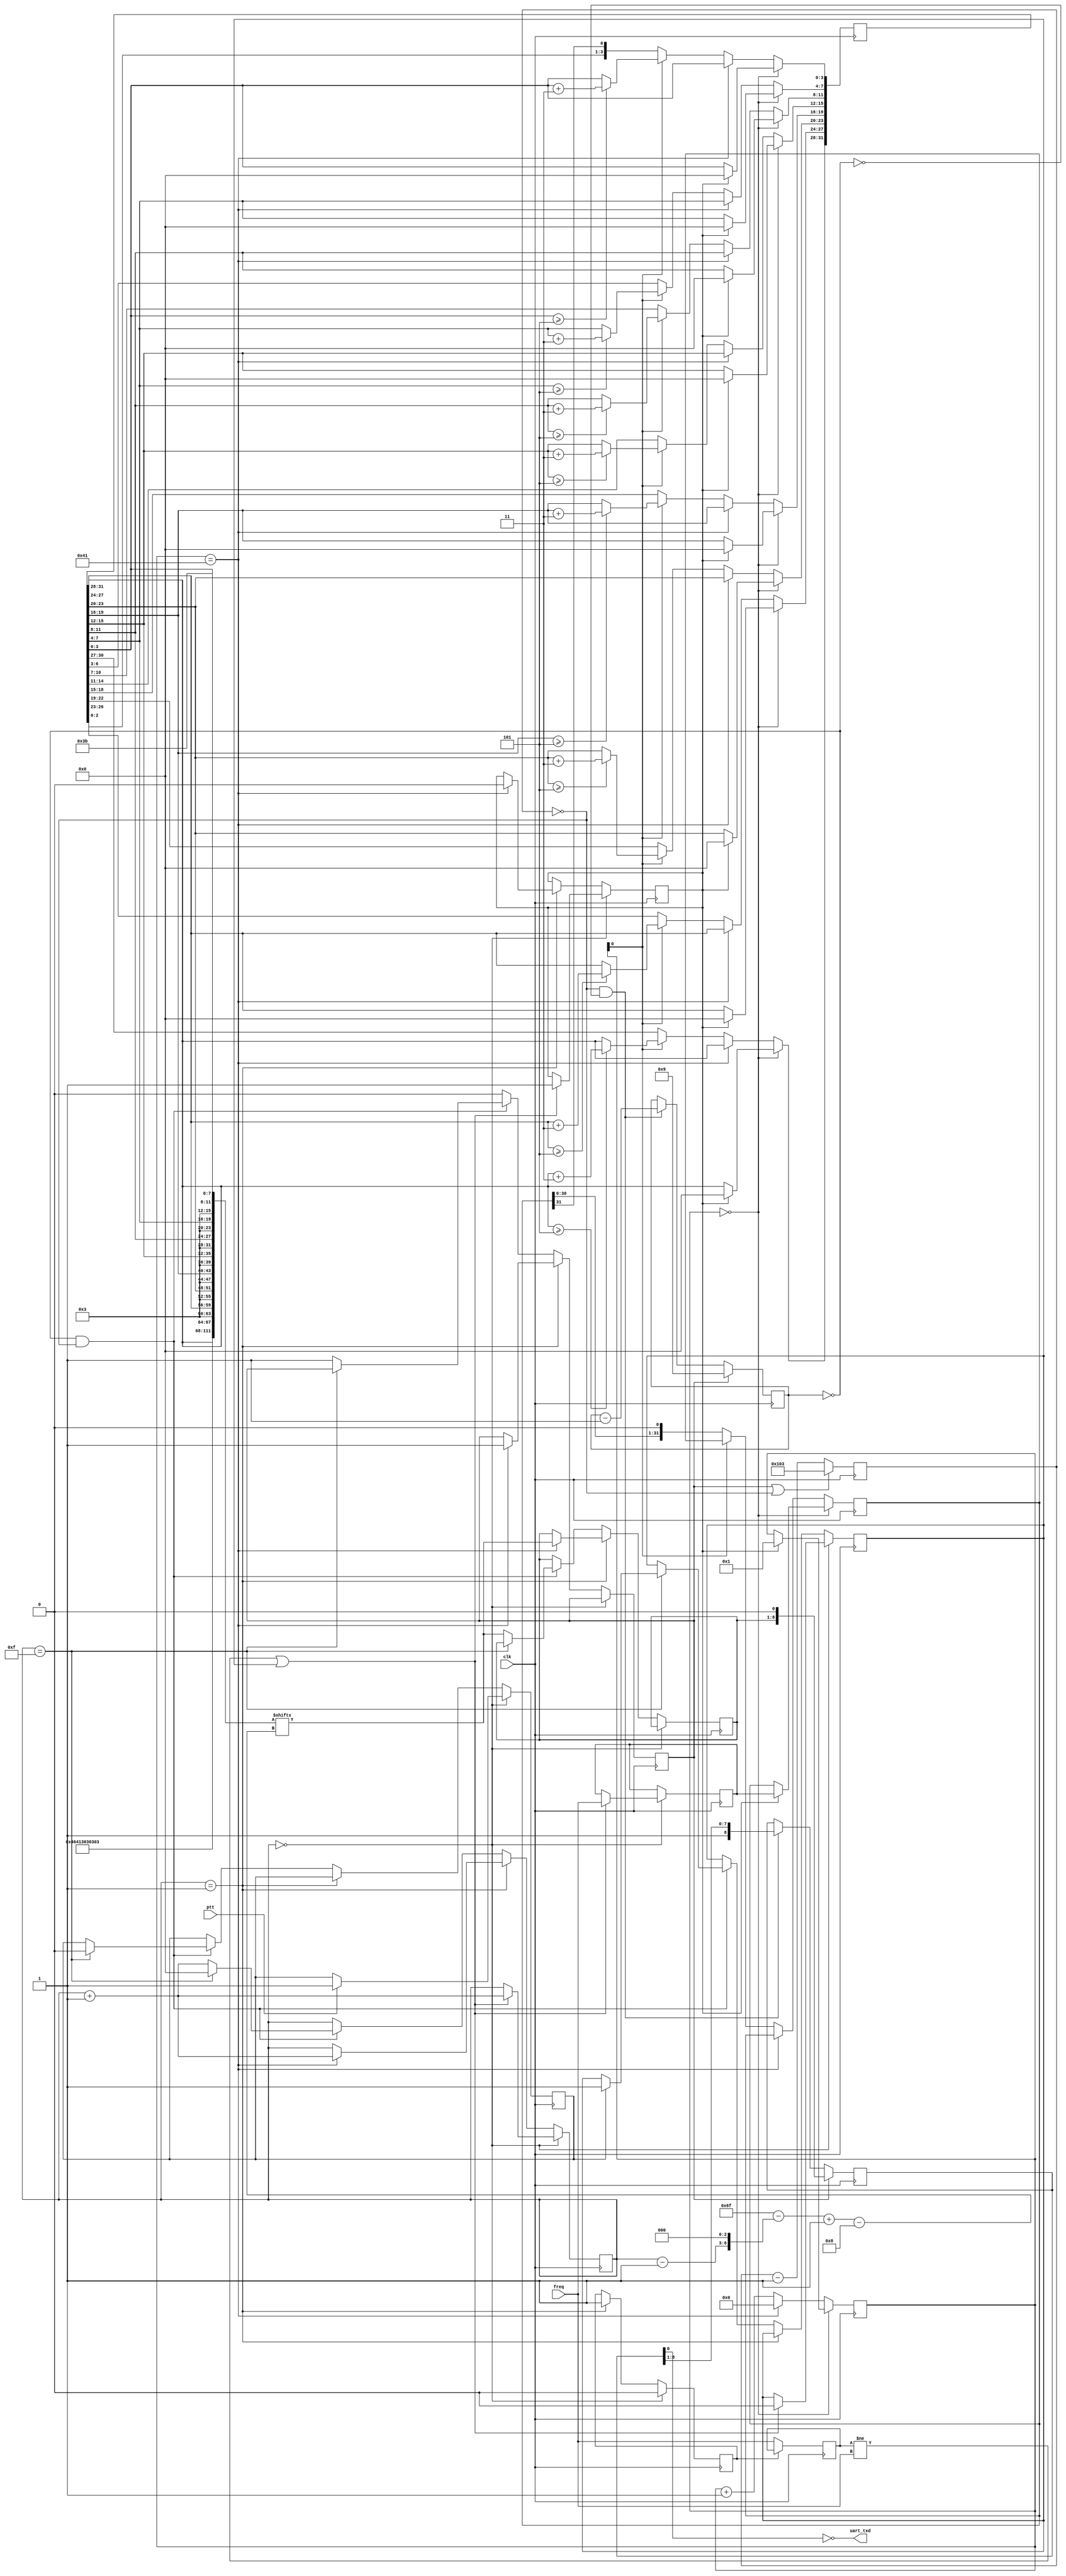
//
//  External Amplifier Band Control for Hermes-Lite v2
//    Send Elecraft FA(VFO A Frequency) command (UART)
//
//  This program is free software; you can redistribute it and/or modify
//  it under the terms of the GNU General Public License as published by
//  the Free Software Foundation; either version 2 of the License, or
//  (at your option) any later version.
//
//  This program is distributed in the hope that it will be useful,
//  but WITHOUT ANY WARRANTY; without even the implied warranty of
//  MERCHANTABILITY or FITNESS FOR A PARTICULAR PURPOSE.  See the
//  GNU General Public License for more details.
//
//  You should have received a copy of the GNU General Public License
//  along with this program; if not, write to the Free Software
//  Foundation, Inc., 59 Temple Place, Suite 330, Boston, MA  02111-1307  USA
//
// (C) Takashi Komatsumoto, JI1UDD 2018, 2019

`timescale 1 ns/100 ps

module extamp (
  input        clk,
  input [31:0] freq,       // less than 100,000,000Hz
  input        ptt,
  output       uart_txd    // data1: High, data0: Low
);

// -------------------
//  Declare parameter
// -------------------
localparam CLKFREQ  = 2500000 ; // Hz
localparam BAUDRATE = 9600 ;     // bps

// ---------------------
//  Baud Rate Generator
// ---------------------
reg        uart_tx_start = 1'b0 ;
reg [8:0] uart_br_cnt   = 9'b0;
wire       uart_shift = (uart_br_cnt==9'b0);

always @ (posedge clk) 
  if (uart_tx_start | uart_shift)
    uart_br_cnt <= (CLKFREQ / BAUDRATE) -1 ;
  else
    uart_br_cnt <= uart_br_cnt - 1'b1 ;

// -------------------------
//  UART 1 byte transmitter
// -------------------------
reg [7:0] uart_tx_data   = 8'b0 ;
reg [8:0] uart_shift_reg = 9'b1;
reg [3:0] uart_shift_cnt = 4'b0;
wire uart_shift_end = (uart_shift_cnt==4'b0) ;

always @ (posedge clk) begin
  if (uart_tx_start) begin
    uart_shift_cnt <= 4'd9 ;
    uart_shift_reg <= {uart_tx_data,1'b0} ;
  end else if (uart_shift & (!uart_shift_end)) begin
    uart_shift_cnt <= uart_shift_cnt - 1'b1;
    uart_shift_reg <= {1'b1,uart_shift_reg[8:1]};
  end
end

assign uart_txd = ~uart_shift_reg[0] ;
wire   uart_tx_end = uart_shift_end & uart_shift ;

// -----------------------
//  Convert Binary to BCD
// ------------------------
reg        cv_start = 1'b0 ;
reg [31:0] freq_bin = 32'b0;
reg [31:0] bcd;
reg [31:0] bin;
reg  [7:0] cvcnt    = 8'd0;
wire cv_end = (cvcnt==8'd65);

always @ (posedge clk) begin
  if (cvcnt==8'd0) begin
    if (cv_start) begin
      cvcnt <= 8'd1;
      bcd   <= 12'b0 ;
      bin   <= freq_bin;
    end
  end else if (cv_end) begin
    cvcnt <= 8'd0 ;
  end else begin
    if (cvcnt[0]==1'b1) begin
      if (bcd[31:28] >= 4'd5) bcd[31:28] <= bcd[31:28] + 2'd3 ;
      if (bcd[27:24] >= 4'd5) bcd[27:24] <= bcd[27:24] + 2'd3 ;
      if (bcd[23:20] >= 4'd5) bcd[23:20] <= bcd[23:20] + 2'd3 ;
      if (bcd[19:16] >= 4'd5) bcd[19:16] <= bcd[19:16] + 2'd3 ;
      if (bcd[15:12] >= 4'd5) bcd[15:12] <= bcd[15:12] + 2'd3 ;
      if (bcd[11: 8] >= 4'd5) bcd[11: 8] <= bcd[11: 8] + 2'd3 ;
      if (bcd[ 7: 4] >= 4'd5) bcd[ 7: 4] <= bcd[ 7: 4] + 2'd3 ;
      if (bcd[ 3: 0] >= 4'd5) bcd[ 3: 0] <= bcd[ 3: 0] + 2'd3 ;
    end else begin
      {bcd,bin} <= {bcd[30:0],bin,1'b0};
    end
    cvcnt <= cvcnt + 1'd1;
  end
end

// ---------------------
//   Command Sequencer
// ---------------------
wire [111:0] cmd = {8'h46,8'h41,8'h30,8'h30,8'h30,      // FA000
                    4'h3, bcd[31:28], 4'h3, bcd[27:24],
                    4'h3, bcd[23:20], 4'h3, bcd[19:16],
                    4'h3, bcd[15:12], 4'h3, bcd[11: 8],
                    4'h3, bcd[ 7: 4], 4'h3, bcd[ 3: 0],
                    8'h3b};                             // ;
reg cmd_pending = 1'b0 ;
reg [31:0] freq_prev = 32'd0 ;

always @ (posedge clk) begin
  if (!cmd_pending)
    freq_prev <= freq ;
end
wire cmd_start = (freq_prev != freq) ;

reg [3:0]  cmd_cnt = 4'd0;
wire [6:0] cmd_pos = 7'd111 - ((cmd_cnt - 1'b1) << 3) ;
reg detect_ptt = 1'b0 ;
reg cmd_start_2nd = 1'b0 ;

always @ (posedge clk) begin
  if (cmd_cnt==4'd0) begin
    cmd_pending <= 1'b0 ;
    if (ptt) begin
      detect_ptt <= 1'b1;
    end
    if (cmd_start | cmd_start_2nd) begin
      cmd_start_2nd <= 1'b0;
      freq_bin <= freq ;
      cv_start <= 1'b1 ;
      cmd_cnt <= cmd_cnt + 1'b1 ;
    end
  end else if (cmd_cnt==4'd1) begin
    cmd_pending <= 1'b1 ;
    if (cv_end) begin
      cv_start <= 1'b0 ;
      uart_tx_data <= cmd [cmd_pos -: 8] ;
      uart_tx_start <= 1'b1 ;
      cmd_cnt <= cmd_cnt + 1'b1 ;
    end
  end else begin
    if (uart_tx_end) begin
	   if (cmd_cnt==4'd15) begin
		  cmd_cnt <= 4'd0;
          if (detect_ptt) begin
            cmd_start_2nd <= 1'b1;
            detect_ptt <= 1'b0;
          end
		end else begin
        uart_tx_data <= cmd [cmd_pos -: 8] ;
        uart_tx_start <= 1'b1 ;
        cmd_cnt <= cmd_cnt + 1'b1 ;
		end
    end else begin
      uart_tx_start <= 1'b0 ;
    end
  end
end

endmodule